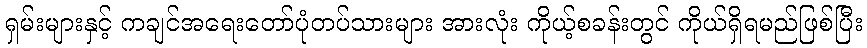
ရှမ်းများနှင့် ကချင်အရေးတော်ပုံတပ်သားများ အားလုံး ကိုယ့်စခန်းတွင် ကိုယ်ရှိရမည်ဖြစ်ပြီး